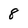
Character: 8